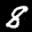
Label: 8